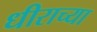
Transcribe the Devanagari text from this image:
धीराच्या